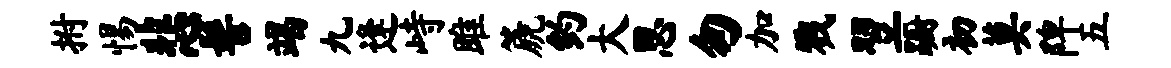
拊惕悲髻竭九逢峙雎篪约大思匆加戮翌蹰初莫陴五